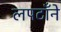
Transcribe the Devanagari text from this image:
लपटाँने